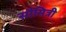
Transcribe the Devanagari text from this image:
सौमित्री